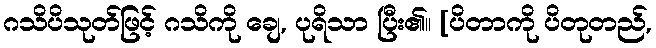
ဂသိပိသုတ်ဖြင့် ဂသိကို ချေ, ပုရိသာ ပြီး၏။ [ပိတာကို ပိတုတည်,